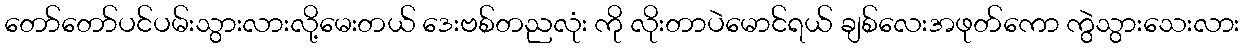
တော်တော်ပင်ပမ်းသွားလားလို့မေးတယ် ဒေးဗစ်တညလုံး ကို လိုးတာပဲမောင်ရယ် ချစ်လေးအဖုတ်ကော ကွဲသွားသေးလား